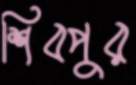
শিবপুর